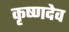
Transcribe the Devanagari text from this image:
कृष्‍णदेव